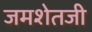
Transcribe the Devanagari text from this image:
जमशेतजी